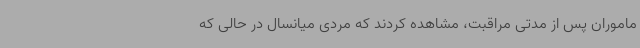
ماموران پس از مدتی مراقبت، مشاهده کردند که مردی میانسال در حالی که